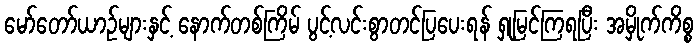
မော်တော်ယာဉ်များနှင့် နောက်တစ်ကြိမ် ပွင့်လင်းစွာတင်ပြပေးရန် ရှုမြင်ကြရပြီး အမှိုက်ကိစ္စ